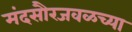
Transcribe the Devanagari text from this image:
मंदसौरजवळच्या